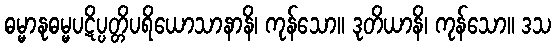
ဓမ္မာနုဓမ္မပဋိပ္ပတ္တိပရိယောသာနာနိ၊ ကုန်သော။ ဒုတိယာနိ၊ ကုန်သော။ ဒသ